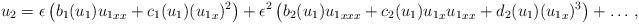
LaTeX: \begin{align*} {u_2}= \epsilon \left( b_1(u_1) {u_1}_{xx}+c_1(u_1) ({u_1}_{x})^2 \right) +\epsilon^2 \left( b_2(u_1) {u_1}_{xxx}+c_2(u_1) {u_1}_{x}{u_1}_{xx}+d_2(u_1) ({u_1}_{x})^3 \right) + \dots \, ,\end{align*}